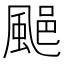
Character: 𩗥